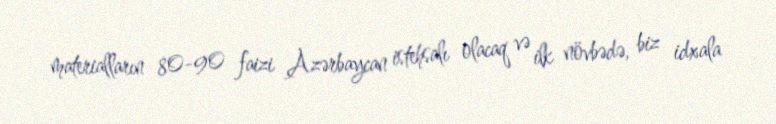
materialların 80-90 faizi Azərbaycan istehsalı olacaq və ilk növbədə, biz idxala